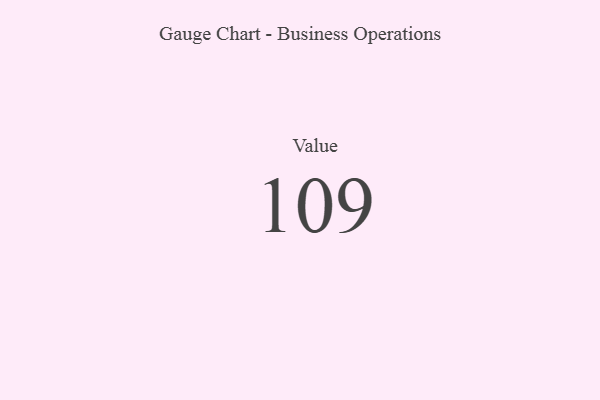
{"axis": {"x": "Metric", "y": "Value"}, "legend": [""], "data": [{"x": "Value", "y": 109, "type": ""}]}